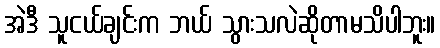
အဲဒီ သူငယ်ချင်းက ဘယ် သွားသလဲဆိုတာမသိပါဘူး။